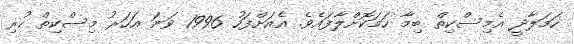
ހަމަލާދީ އެމިސްކިތް ބިމާ ހަމަކޮށްލާފައެވެ. އެއަށްފަހު 1996 ވަނަ އަހަރު މިސްކިތް ހުރި